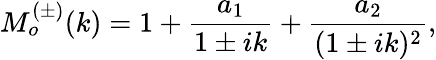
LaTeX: M_{o}^{(\pm)}(k)=1+\frac{a_{1}}{1\pm ik}+\frac{a_{2}}{(1\pm ik)^{2}},